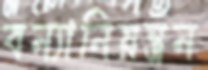
বন্যানিয়ন্ত্রন